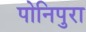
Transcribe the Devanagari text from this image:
पोनिपुरा